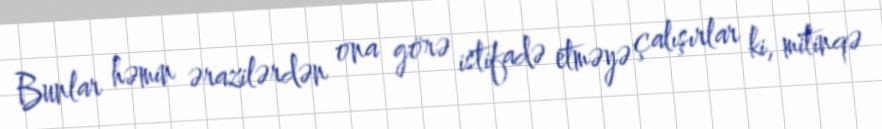
Bunlar həmin ərazilərdən ona görə istifadə etməyə çalışırlar ki, mitinqə